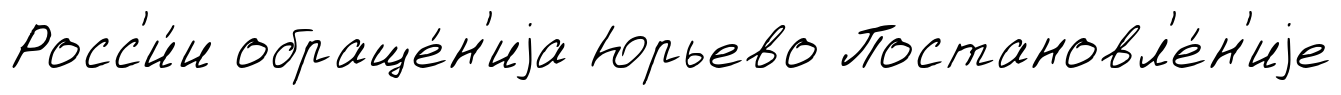
Росс'и́и обраще́н'иjа Юрьево Постановл'е́н'иjе